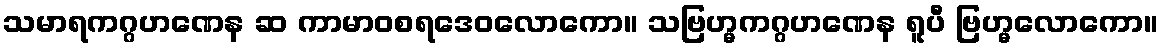
သမာရကဂ္ဂဟဏေန ဆ ကာမာဝစရဒေဝလောကော။ သဗြဟ္မကဂ္ဂဟဏေန ရူပီ ဗြဟ္မလောကော။